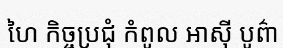
ហៃ កិច្ចប្រជុំ កំពូល អាស៊ី បូព៌ា